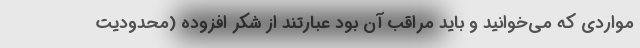
مواردی که می‌خوانید و باید مراقب آن بود عبارتند از شکر افزوده (محدودیت